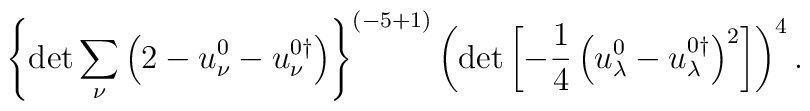
\left\{\det \sum_\nu \left( 2-u_\nu^0-u_\nu^{0\dagger} \right)\right\}^{({-5+1})} \left(\det \left[-\frac14 \left( u_\lambda^0-u_\lambda^{0\dagger} \right)^2  \right] \right)^{4}.